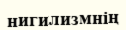
нигилизмнің